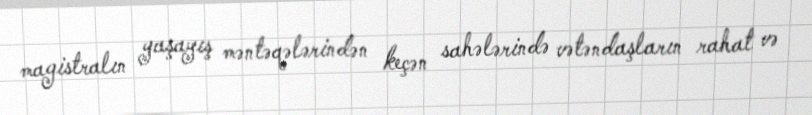
magistralın yaşayış məntəqələrindən keçən sahələrində vətəndaşların rahat və